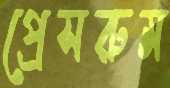
প্রেসরুম